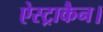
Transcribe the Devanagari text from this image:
ऐस्ट्राकैन।